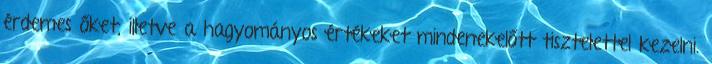
érdemes őket, illetve a hagyományos értékeket mindenekelőtt tisztelettel kezelni.